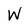
Character: W